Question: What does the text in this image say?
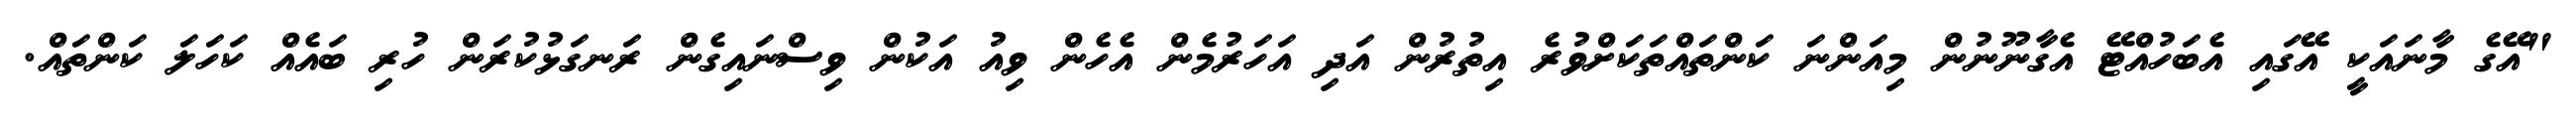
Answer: "އޭގެ މާނައަކީ އޭގައި އެބަހުއްޓޭ އެގާނޫނުން މިއަންނަ ކަންތައްތަކަށްވުރެ އިތުރުން އަދި އަހަރުމެން އެހެން ވިއު އަކުން ވިސްނައިގެން ރަނގަޅުކުރަން ހުރި ބައެއް ކަހަލަ ކަންތައް.